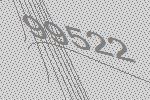
99522